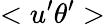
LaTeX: <u^{\prime}\theta^{\prime}>